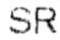
SR